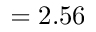
= 2 . 5 6